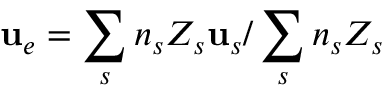
{ \bf { u } } _ { e } = \sum _ { s } n _ { s } Z _ { s } { \bf { u } } _ { s } / \sum _ { s } n _ { s } Z _ { s }